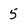
Character: 5